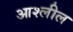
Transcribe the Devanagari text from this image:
आश्लील